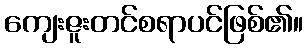
ကျေးဇူးတင်စရာပင်ဖြစ်၏။